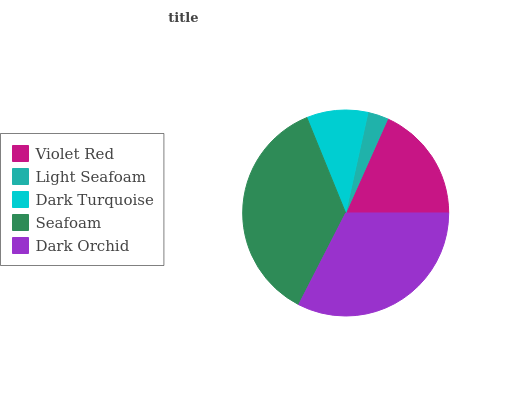
| Violet Red | Light Seafoam | Dark Turquoise | Seafoam | Dark Orchid |
 | --- | --- | --- | --- | --- |
 | 18.3% | 3.22% | 9.64% | 36.3% | 32.5% |